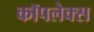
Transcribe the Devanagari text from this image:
कॉपलेक्स